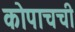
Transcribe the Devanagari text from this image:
कोपाचची